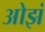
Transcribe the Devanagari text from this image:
ओझं